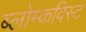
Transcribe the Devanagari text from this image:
ब्लोम्कविस्ट